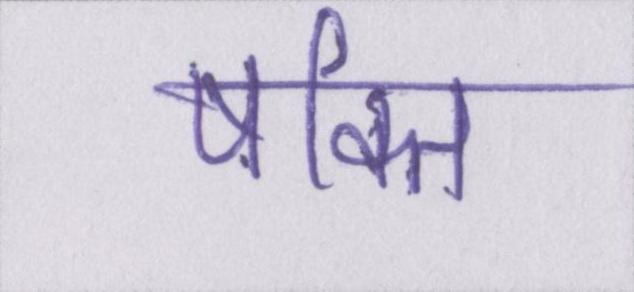
षक्ति